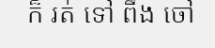
ក៏ រត់ ទៅ ពឹង ចៅ